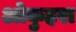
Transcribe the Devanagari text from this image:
ओकुहरा